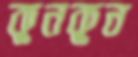
কুনকুন